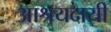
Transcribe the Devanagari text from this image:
आश्रयदायी